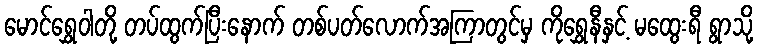
မောင်ရွှေဝါတို့ တပ်ထွက်ပြီးနောက် တစ်ပတ်လောက်အကြာတွင်မှ ကိုရွှေနီနှင့် မထွေးရီ ရွာသို့